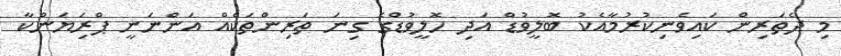
މި ދެތަރިން ކައިވެނިކުރުމާއެކު ބޮލީވުޑް އަދި ހޮލީވުޑްގެ ގިނަ ތަރިންތަކެއް އަންނަނީ ޕްރިަޔަންކާ